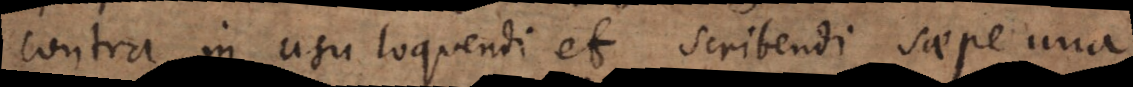
contra in usu loquendi et scribendi saepe una